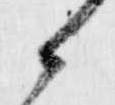
候